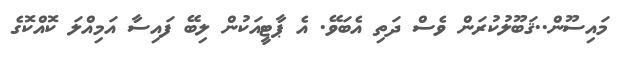
މައިސޫން..ޤަބޫލުކުރަން ވެސް ދަތި އެބަވޭ. އެ ޕާޓީއަކުން ލިބޭ ފައިސާ އަމިއްލަ ކޮއްކޮގެ